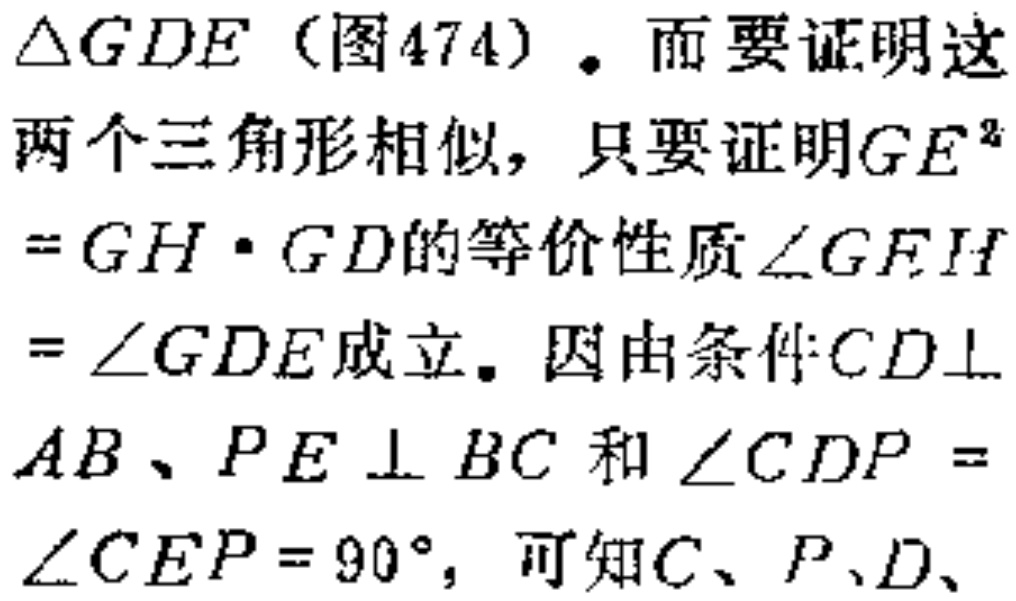
$\triangle GDE$（图474）。而要证明这
两个三角形相似，只要证明$GE^{2}$
$ = GH\cdot GD$的等价性质$\angle GFH$
$=\angle GDE$成立。因由条件$CD\bot$
$AB、PE\bot BC$和$\angle CDP =$
$\angle CEP = 90^{\circ}$，可知$C、P、D、$